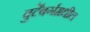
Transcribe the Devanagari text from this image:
वुर्टेंबर्गमधील